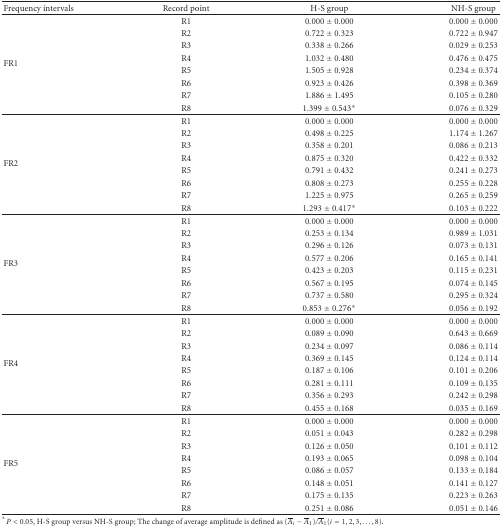
<table><thead><tr><td><b>Frequency intervals</b></td><td><b>Record point</b></td><td><b> H-S group</b></td><td><b> NH-S group</b></td></tr></thead><tbody><tr><td rowspan="8">FR1</td><td>R1</td><td>0.000 ± 0.000</td><td>0.000 ± 0.000</td></tr><tr><td>R2</td><td>0.722 ± 0.323</td><td>0.722 ± 0.947</td></tr><tr><td>R3</td><td>0.338 ± 0.266</td><td>0.029 ± 0.253</td></tr><tr><td>R4</td><td>1.032 ± 0.480</td><td>0.476 ± 0.475</td></tr><tr><td>R5</td><td>1.505 ± 0.928</td><td>0.234 ± 0.374</td></tr><tr><td>R6</td><td>0.923 ± 0.426</td><td>0.398 ± 0.369</td></tr><tr><td>R7</td><td>1.886 ± 1.495</td><td>0.105 ± 0.280</td></tr><tr><td>R8</td><td>1.399 ± 0.543<sup>∗</sup></td><td>0.076 ± 0.329</td></tr><tr><td rowspan="8">FR2</td><td>R1</td><td>0.000 ± 0.000</td><td>0.000 ± 0.000</td></tr><tr><td>R2</td><td>0.498 ± 0.225</td><td>1.174 ± 1.267</td></tr><tr><td>R3</td><td>0.358 ± 0.201</td><td>0.086 ± 0.213</td></tr><tr><td>R4</td><td>0.875 ± 0.320</td><td>0.422 ± 0.332</td></tr><tr><td>R5</td><td>0.791 ± 0.432</td><td>0.241 ± 0.273</td></tr><tr><td>R6</td><td>0.808 ± 0.273</td><td>0.255 ± 0.228</td></tr><tr><td>R7</td><td>1.225 ± 0.975</td><td>0.265 ± 0.259</td></tr><tr><td>R8</td><td>1.293 ± 0.417<sup>∗</sup></td><td>0.103 ± 0.222</td></tr><tr><td rowspan="8">FR3</td><td>R1</td><td>0.000 ± 0.000</td><td>0.000 ± 0.000</td></tr><tr><td>R2</td><td>0.253 ± 0.134</td><td>0.989 ± 1.031</td></tr><tr><td>R3</td><td>0.296 ± 0.126</td><td>0.073 ± 0.131</td></tr><tr><td>R4</td><td>0.577 ± 0.206</td><td>0.165 ± 0.141</td></tr><tr><td>R5</td><td>0.423 ± 0.203</td><td>0.115 ± 0.231</td></tr><tr><td>R6</td><td>0.567 ± 0.195</td><td>0.074 ± 0.145</td></tr><tr><td>R7</td><td>0.737 ± 0.580</td><td>0.295 ± 0.324</td></tr><tr><td>R8</td><td>0.853 ± 0.276<sup>∗</sup></td><td>0.056 ± 0.192</td></tr><tr><td rowspan="8">FR4</td><td>R1</td><td>0.000 ± 0.000</td><td>0.000 ± 0.000</td></tr><tr><td>R2</td><td>0.089 ± 0.090</td><td>0.643 ± 0.669</td></tr><tr><td>R3</td><td>0.234 ± 0.097</td><td>0.086 ± 0.114</td></tr><tr><td>R4</td><td>0.369 ± 0.145</td><td>0.124 ± 0.114</td></tr><tr><td>R5</td><td>0.187 ± 0.106</td><td>0.101 ± 0.206</td></tr><tr><td>R6</td><td>0.281 ± 0.111</td><td>0.109 ± 0.135</td></tr><tr><td>R7</td><td>0.356 ± 0.293</td><td>0.242 ± 0.298</td></tr><tr><td>R8</td><td>0.455 ± 0.168</td><td>0.035 ± 0.169</td></tr><tr><td rowspan="8">FR5</td><td>R1</td><td>0.000 ± 0.000</td><td>0.000 ± 0.000</td></tr><tr><td>R2</td><td>0.051 ± 0.043</td><td>0.282 ± 0.298</td></tr><tr><td>R3</td><td>0.126 ± 0.050</td><td>0.101 ± 0.112</td></tr><tr><td>R4</td><td>0.193 ± 0.065</td><td>0.098 ± 0.104</td></tr><tr><td>R5</td><td>0.086 ± 0.057</td><td>0.133 ± 0.184</td></tr><tr><td>R6</td><td>0.148 ± 0.051</td><td>0.141 ± 0.127</td></tr><tr><td>R7</td><td>0.175 ± 0.135</td><td>0.223 ± 0.263</td></tr><tr><td>R8</td><td>0.251 ± 0.086</td><td>0.051 ± 0.146</td></tr></tbody></table>